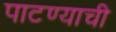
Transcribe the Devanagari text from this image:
पाटण्याची